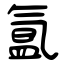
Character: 氲